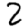
Digit: 2